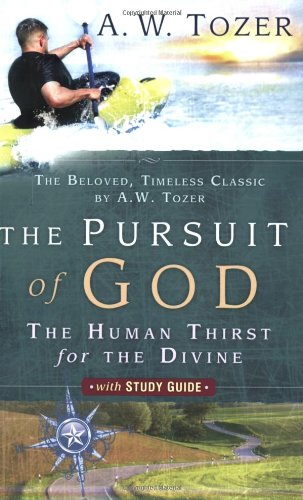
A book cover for The Pursuit of God with Study Guide: The Human Thirst for the Divine; A. W. Tozer; Christian Books & Bibles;